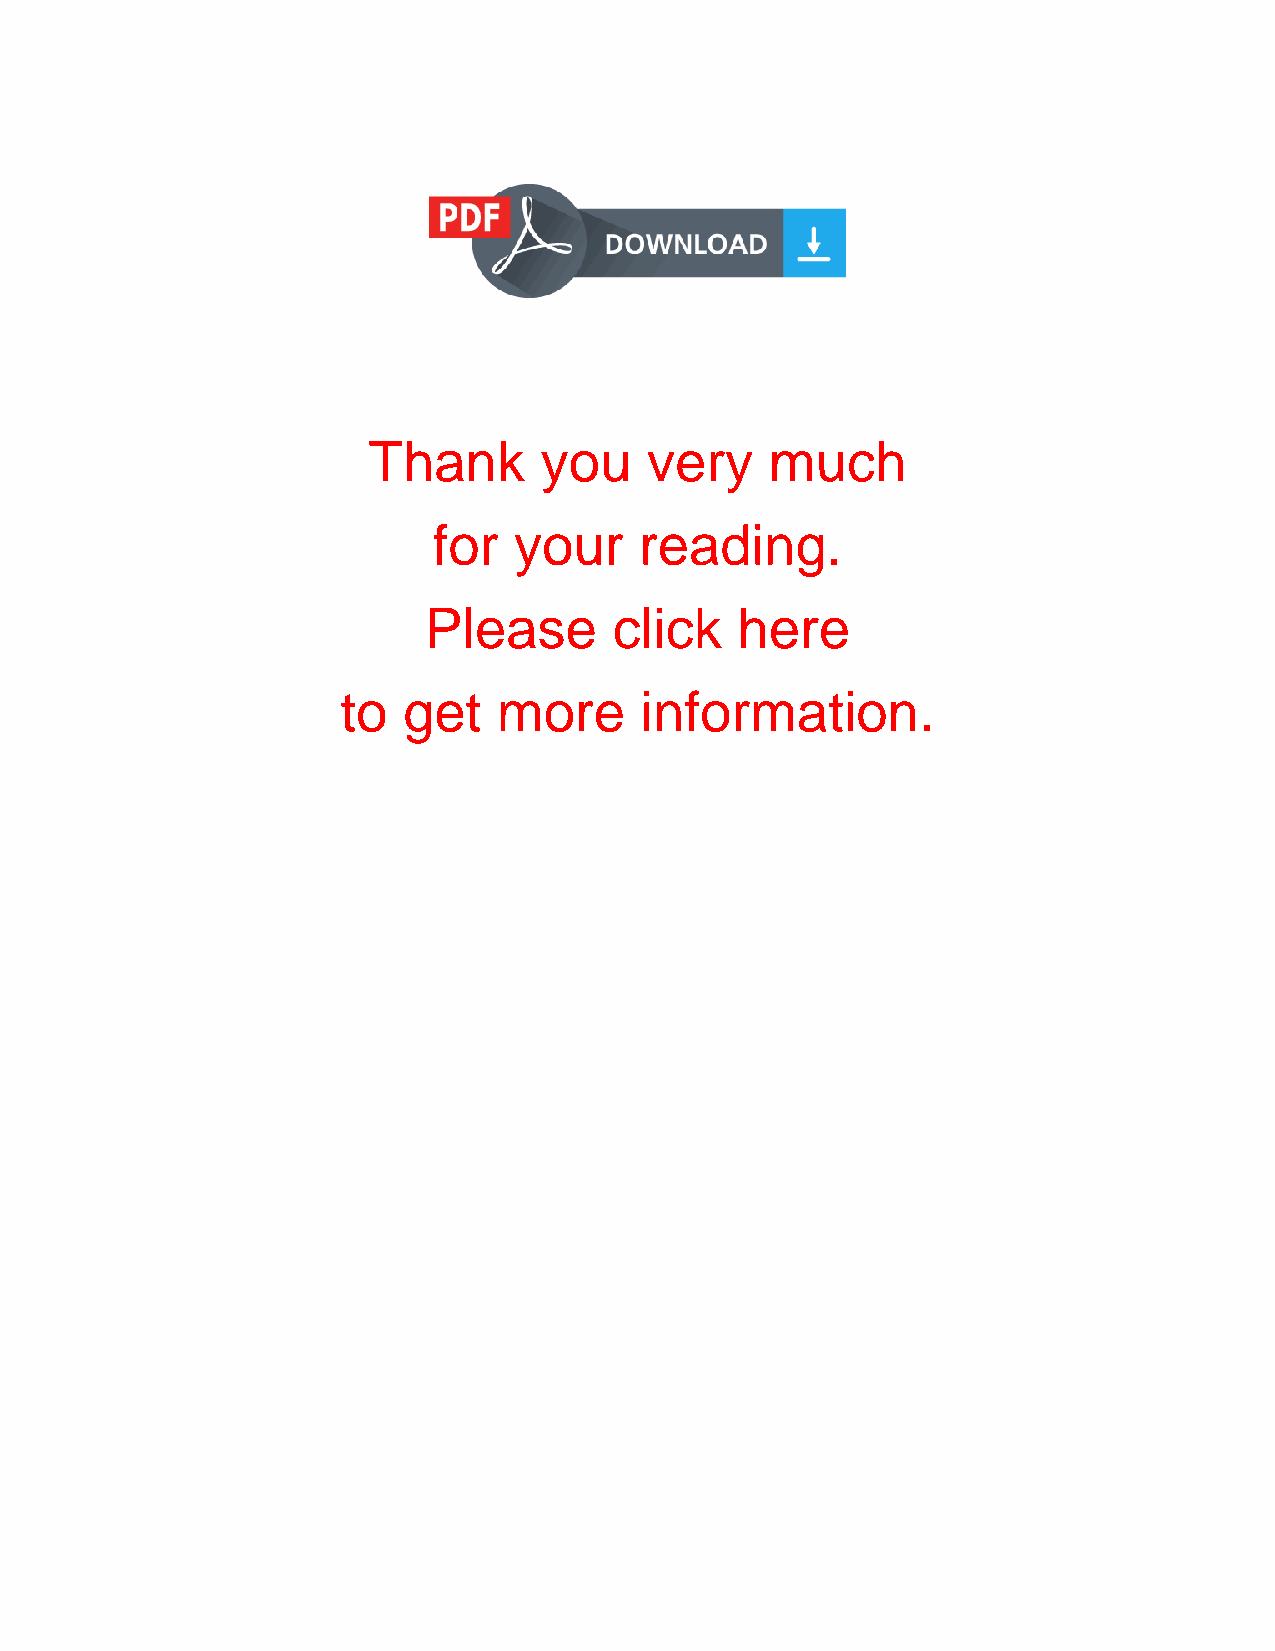
Thank       you    very    much
 for  your    reading.
 Please       click   here
 to  get   more     information.